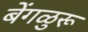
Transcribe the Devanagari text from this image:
बेंगळुरू